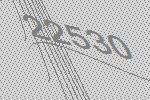
22530